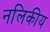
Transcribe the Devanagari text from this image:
नलिकीय